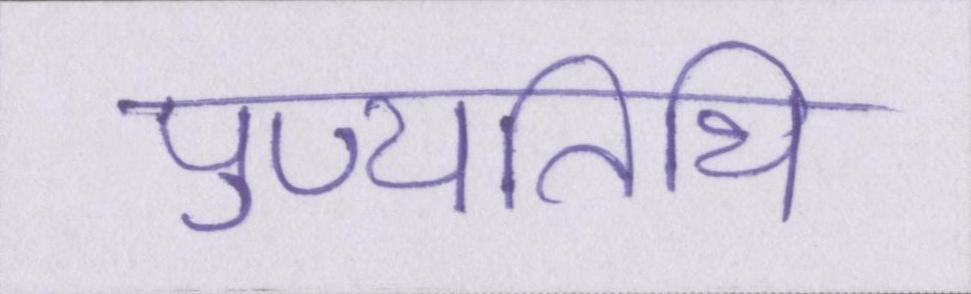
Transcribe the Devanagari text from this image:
पुण्यतिथि